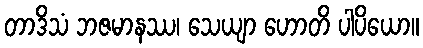
တာဒိသံ ဘဇမာနဿ၊ သေယျာ ဟောတိ ပါပိယော။